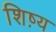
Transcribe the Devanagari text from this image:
शिष़्य